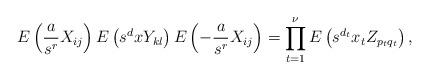
LaTeX: \begin{align*}E\left(\frac{a}{s^r}X_{ij}\right)E\left(s^dxY_{kl}\right)E\left(-\frac{a}{s^r}X_{ij}\right)= \prod_{t=1}^\nu E\left(s^{d_t}x_tZ_{p_tq_t}\right),\end{align*}